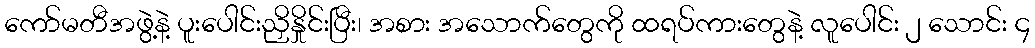
ကော်မတီအဖွဲ့နဲ့ ပူးပေါင်းညှိနှိုင်းပြီး၊ အစား အသောက်တွေကို ထရပ်ကားတွေနဲ့ လူပေါင်း ၂ သောင်း ၄